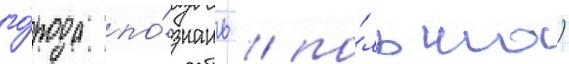
го́рода по́знань / по́льша)